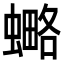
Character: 𧐣